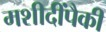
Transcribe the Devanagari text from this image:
मशीदींपैकी